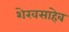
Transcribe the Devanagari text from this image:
शेखसाहेब